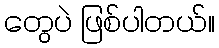
တွေပဲ ဖြစ်ပါတယ်။